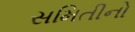
સમિતીનો